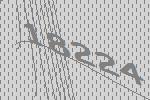
18224